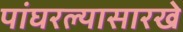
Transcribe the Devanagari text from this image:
पांघरल्यासारखे